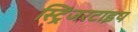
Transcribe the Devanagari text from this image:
स्ट्रिंजरटाइप